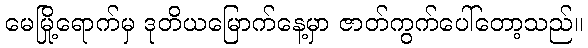
မေမြို့ရောက်မှ ဒုတိယမြောက်နေ့မှာ ဇာတ်ကွက်ပေါ်တော့သည်။